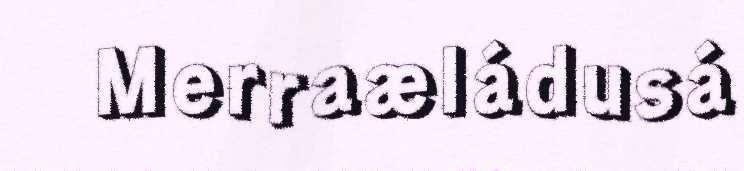
Merraæládusá